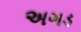
અગડ